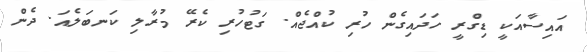
އައިސާއަކީ ޑިގްރީ ހަދައިގެން ހުރި ކުއްޖެއް. ގަޓުހުރި ކެރޭ މުރާލި ކަނބަލެއަ. ދެން